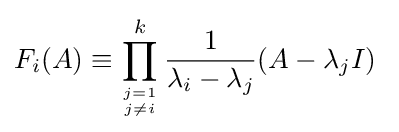
F_{i}(A)\equiv \prod _{j=1 \atop j\neq i}^{k}{\frac {1}{\lambda _{i}-\lambda _{j}}}(A-\lambda _{j}I)~